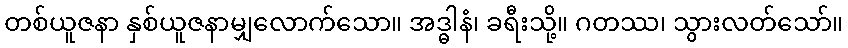
တစ်ယူဇနာ နှစ်ယူဇနာမျှလောက်သော။ အဒ္ဓါနံ၊ ခရီးသို့။ ဂတဿ၊ သွားလတ်သော်။